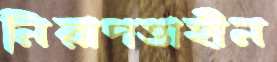
নিরাপত্তাহীন